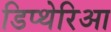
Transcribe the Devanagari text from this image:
डिप्थेरिआ